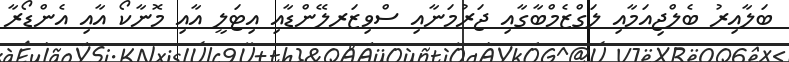
ބަލާއިރު ބެލްޖިއަމާއި ލަގްޒެމްބާގާއި ޖަރުމަނާއި ސްވިޒަރލޭންޑާއި އިޓަލީ އާއި މޮނާކޯ އާއި އެންޑޯރާ